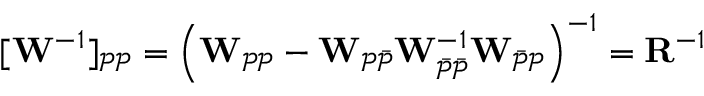
[ \mathbf { W } ^ { - 1 } ] _ { \mathcal { P P } } = \left( \mathbf { W } _ { \mathcal { P P } } - \mathbf { W } _ { \mathcal { P \Bar { P } } } \mathbf { W } _ { \mathcal { \Bar { P } \Bar { P } } } ^ { - 1 } \mathbf { W } _ { \mathcal { \Bar { P } P } } \right) ^ { - 1 } = \mathbf { R } ^ { - 1 }